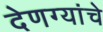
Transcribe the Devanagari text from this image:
देणग्यांचे